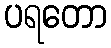
ပရတော